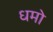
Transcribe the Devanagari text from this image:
धमो